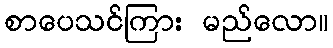
စာပေသင်ကြား မည်လော။